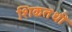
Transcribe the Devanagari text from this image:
शिकतथी